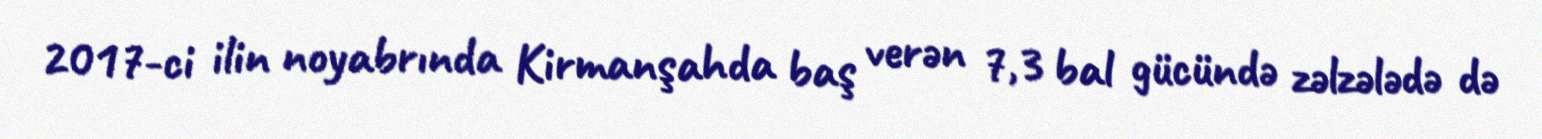
2017-ci ilin noyabrında Kirmanşahda baş verən 7,3 bal gücündə zəlzələdə də